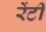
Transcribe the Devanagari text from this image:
रेंटी